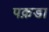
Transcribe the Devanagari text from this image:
पक़डा